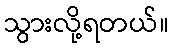
သွားလို့ရတယ်။